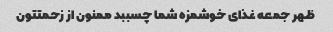
ظهر جمعه غذای خوشمزه شما چسببد ممنون از زحمتتون